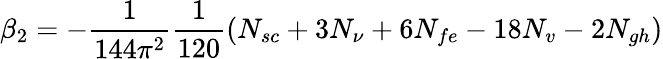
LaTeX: \beta_{2}=-\frac{1}{144\pi^{2}}\frac{1}{120}(N_{sc}+3N_{\nu}+6N_{fe}-18N_{v}-2N_{gh})